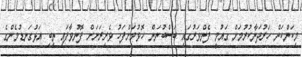
މިކަންކަން ހަރުދަނާކުރުމަށް ގައުމީ ފެންވަރުގައި ބަސްބުނަން ހޮވުމަށްފަހު ވެރިރަށަށް ފޮނުވާފައި ތިބި އަޅުގަނޑުމެންގެ